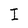
Character: I